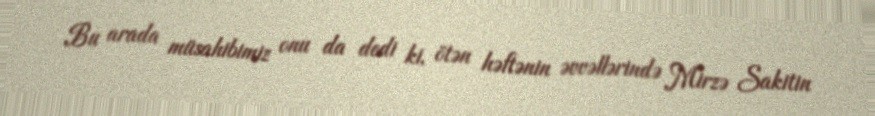
Bu arada müsahibimiz onu da dedi ki, ötən həftənin əvvəllərində Mirzə Sakitin